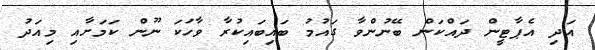
އަދި އެޕާޓީން ދައްކަން ބޭނުންވާ ގައުމު ބައިބައިކުރާ ވާހަކަ ނޫން ކަމަށާއި މިއަދު